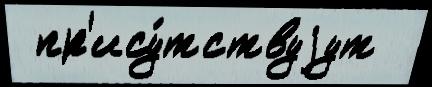
 пр'ису́тствуjут